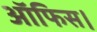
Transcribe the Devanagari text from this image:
आॅफिस।